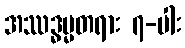
အဿဒ္ဓမ္မတရား ၇-ပါး